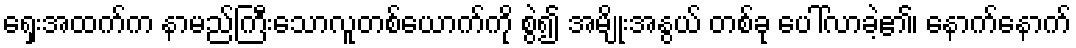
ရှေးအထက်က နာမည်ကြီးသောလူတစ်ယောက်ကို စွဲ၍ အမျိုးအနွယ် တစ်ခု ပေါ်လာခဲ့၏၊ နောက်နောက်